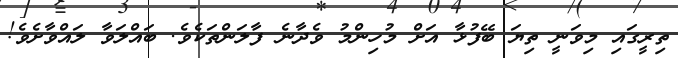
ތިރީގައި މިވަނީ ތިޔަ ބޭފުޅާ އަށް މުހިންމު ވެދާނެ ފާލަންތަކެވެ. ބައްލަވާ ލައްވާށެވެ!